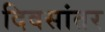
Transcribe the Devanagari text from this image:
दिवसांतर